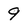
Character: 9